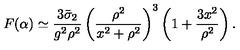
F ( \alpha ) \simeq \frac { 3 \bar { \sigma } _ { 2 } } { g ^ { 2 } \rho ^ { 2 } } \left( \frac { \rho ^ { 2 } } { x ^ { 2 } + \rho ^ { 2 } } \right) ^ { 3 } \left( 1 + \frac { 3 x ^ { 2 } } { \rho ^ { 2 } } \right) .